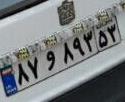
۸۷و۸۹۳۵۳